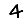
Digit: 4